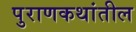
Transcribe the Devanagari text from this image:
पुराणकथांतील